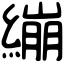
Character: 繃